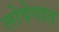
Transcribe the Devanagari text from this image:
लोवेगात